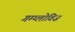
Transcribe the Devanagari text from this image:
गम्प्लोविज़